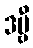
ဒဗ္ဗီ